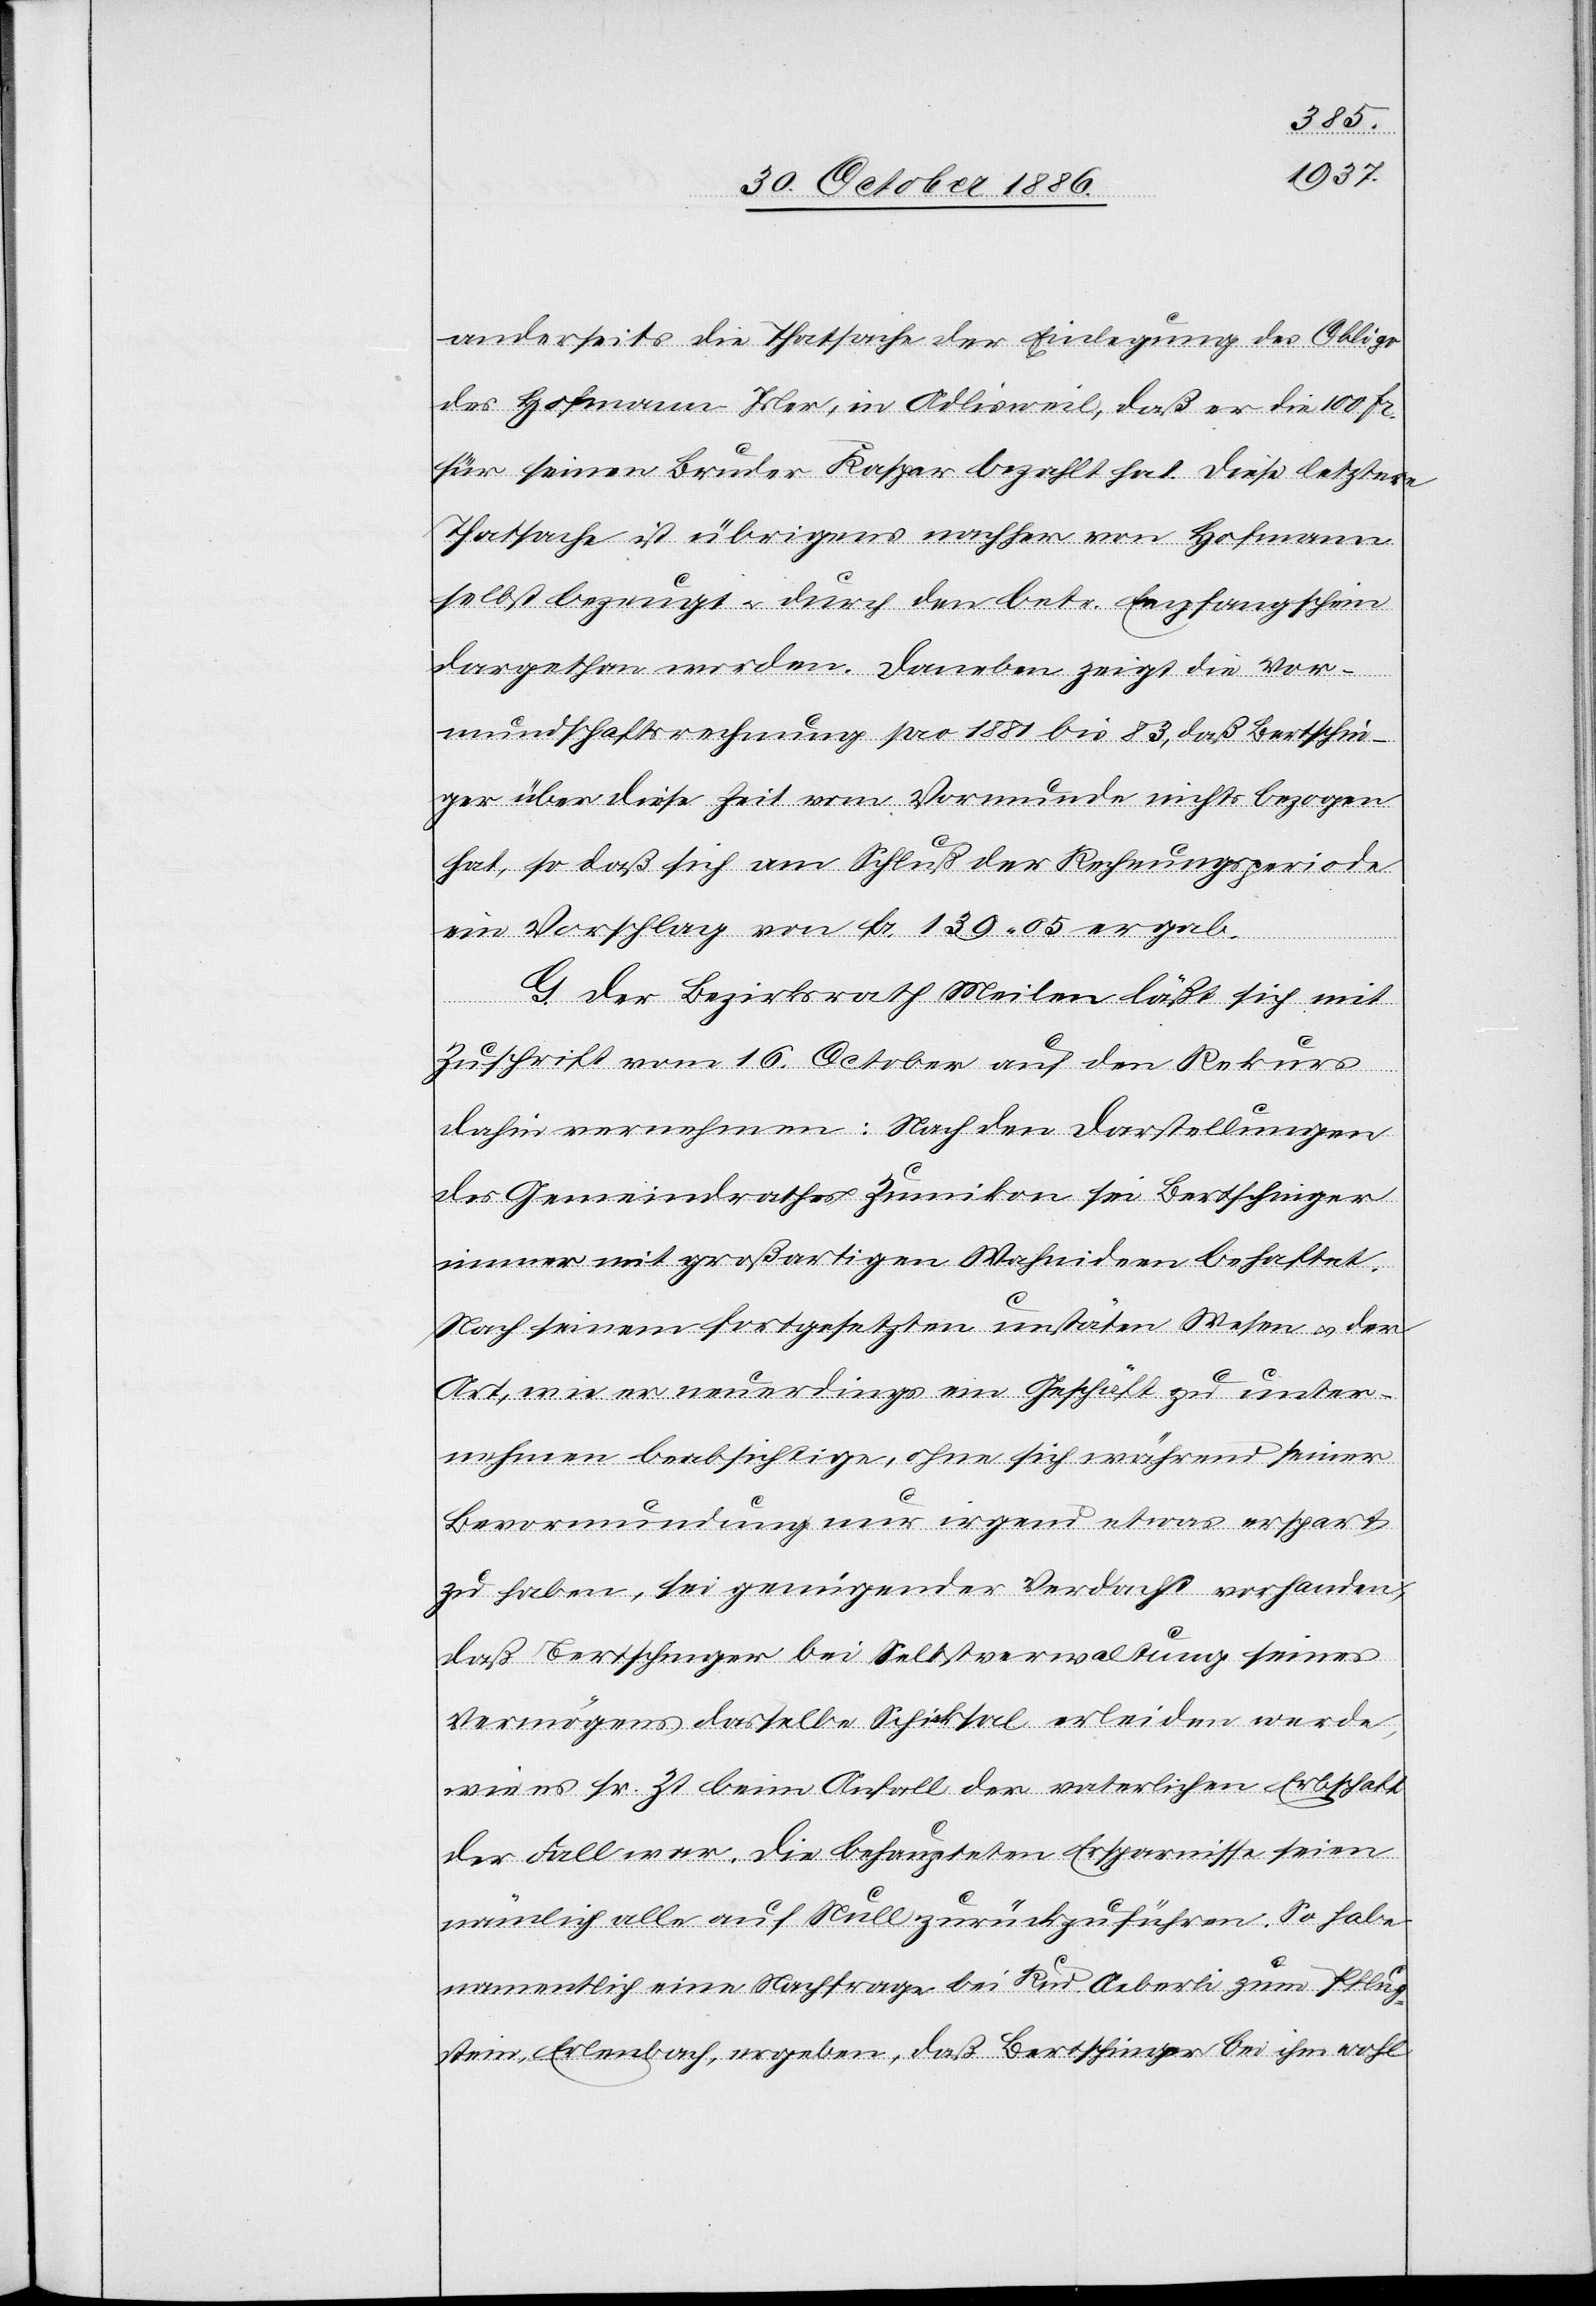
anderseits die Thatsache der Einlegung des Obligo
des Hofmann-Isler, in Adlisweil, daß er die 100 Fr.
für seinen Bruder Kaspar bezahlt hat. Diese letztere
Thatsache ist übrigens nachher von Hofmann
selbst bezeugt & durch den betr. Empfangschein
dargethan worden. Daneben zeigt die Vor¬
mundschaftsrechnung pro 1881 bis 83, daß Bertschin¬
ger über diese Zeit vom Vormunde nichts bezogen
hat, so daß sich am Schluß der Rechnungsperiode
ein Vorschlag von Fr. 139 05 ergab.
G. Der Bezirksrath Meilen läßt sich mit
Zuschrift vom 16. October auf den Rekurs
dahin vernehmen: Nach den Darstellungen
des Gemeindrathes Zumikon sei Bertschinger
immer mit großartigen Wahnideen behaftet.
Nach seinem fortgesetzten unstäten Wesen & der
Art, wie er neuerdings ein Geschäft zu unter¬
nehmen beabsichtige, ohne sich während seiner
Bevormundung nur irgend etwas erspart
zu haben, sei genügender Verdacht vorhanden,
daß Bertschinger bei Selbstverwaltung seines
Vermögens dasselbe Schicksal erleiden werde,
wie es sr. Zt. beim Anfall der vaterlichen [sic!]
der Fall war. Die behaupteten Ersparnisse seien
nämlich alle auf Null zurückzuführen. So habe
namentlich eine Nachfrage bei Rud. Aeberli zum Pflug¬
stein, Erlenbach, ergeben, daß Bertschinger bei ihm wohl